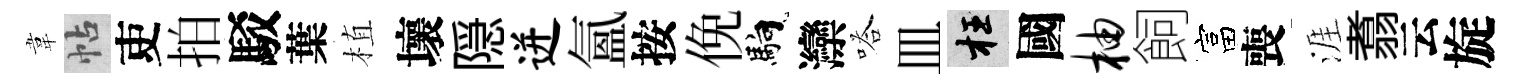
韋帖吏拍駁葉植壞隠迸氳按俛馿灤嗒皿枉國柚飼富喪涯翥云旋